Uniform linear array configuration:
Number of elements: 24
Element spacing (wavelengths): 0.25
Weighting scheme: cosine
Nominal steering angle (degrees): -30
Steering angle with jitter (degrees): -31.631
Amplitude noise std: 0.05
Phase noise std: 0.05

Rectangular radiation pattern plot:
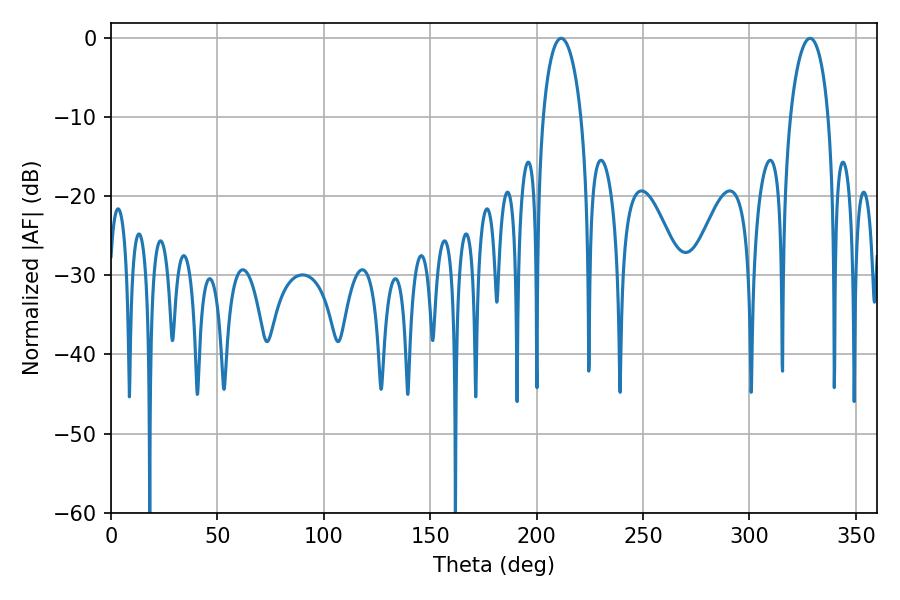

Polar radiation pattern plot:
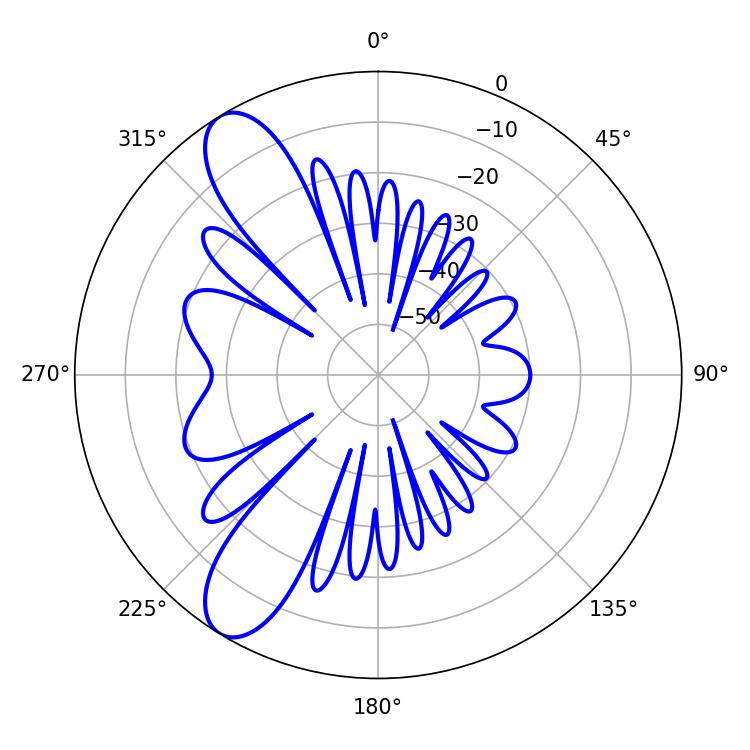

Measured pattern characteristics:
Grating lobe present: FALSE
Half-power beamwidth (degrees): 10.26
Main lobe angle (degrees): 211.5